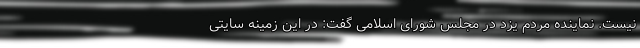
نیست. نماینده مردم یزد در مجلس شورای اسلامی گفت: در این زمینه سایتی